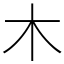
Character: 木